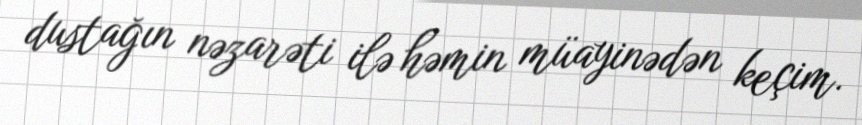
dustağın nəzarəti ilə həmin müayinədən keçim.